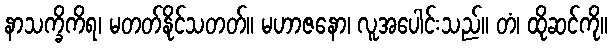
နာသက္ခိကိရ၊ မတတ်နိုင်သတတ်။ မဟာဇနော၊ လူအပေါင်းသည်။ တံ၊ ထိုဆင်ကို။